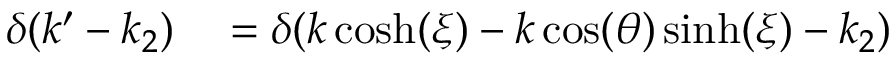
\begin{array} { r l } { \delta ( k ^ { \prime } - k _ { 2 } ) } & { { } = \delta ( k \cosh ( \xi ) - k \cos ( \theta ) \sinh ( \xi ) - k _ { 2 } ) } \end{array}